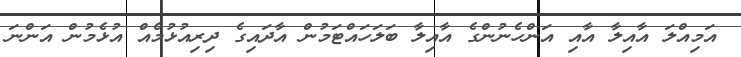
އަމިއްލަ އާއިލާ އާއި އަންހެނުންގެ އާއިލާ ބަލަހައްޓަމުން އާދައިގެ ދިރިއުޅުމެއް އުޅެމުން އަންނަ